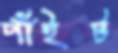
পাঁইট